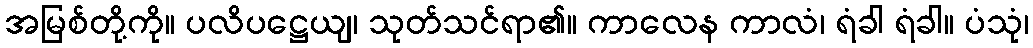
အမြစ်တို့ကို။ ပလိပဋ္ဌေယျ၊ သုတ်သင်ရာ၏။ ကာလေန ကာလံ၊ ရံခါ ရံခါ။ ပံသုံ၊